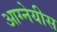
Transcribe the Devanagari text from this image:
आग्‍नेयीस